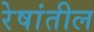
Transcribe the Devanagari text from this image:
रेषांतील